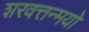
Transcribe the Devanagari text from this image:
शरवत्तन्मयो